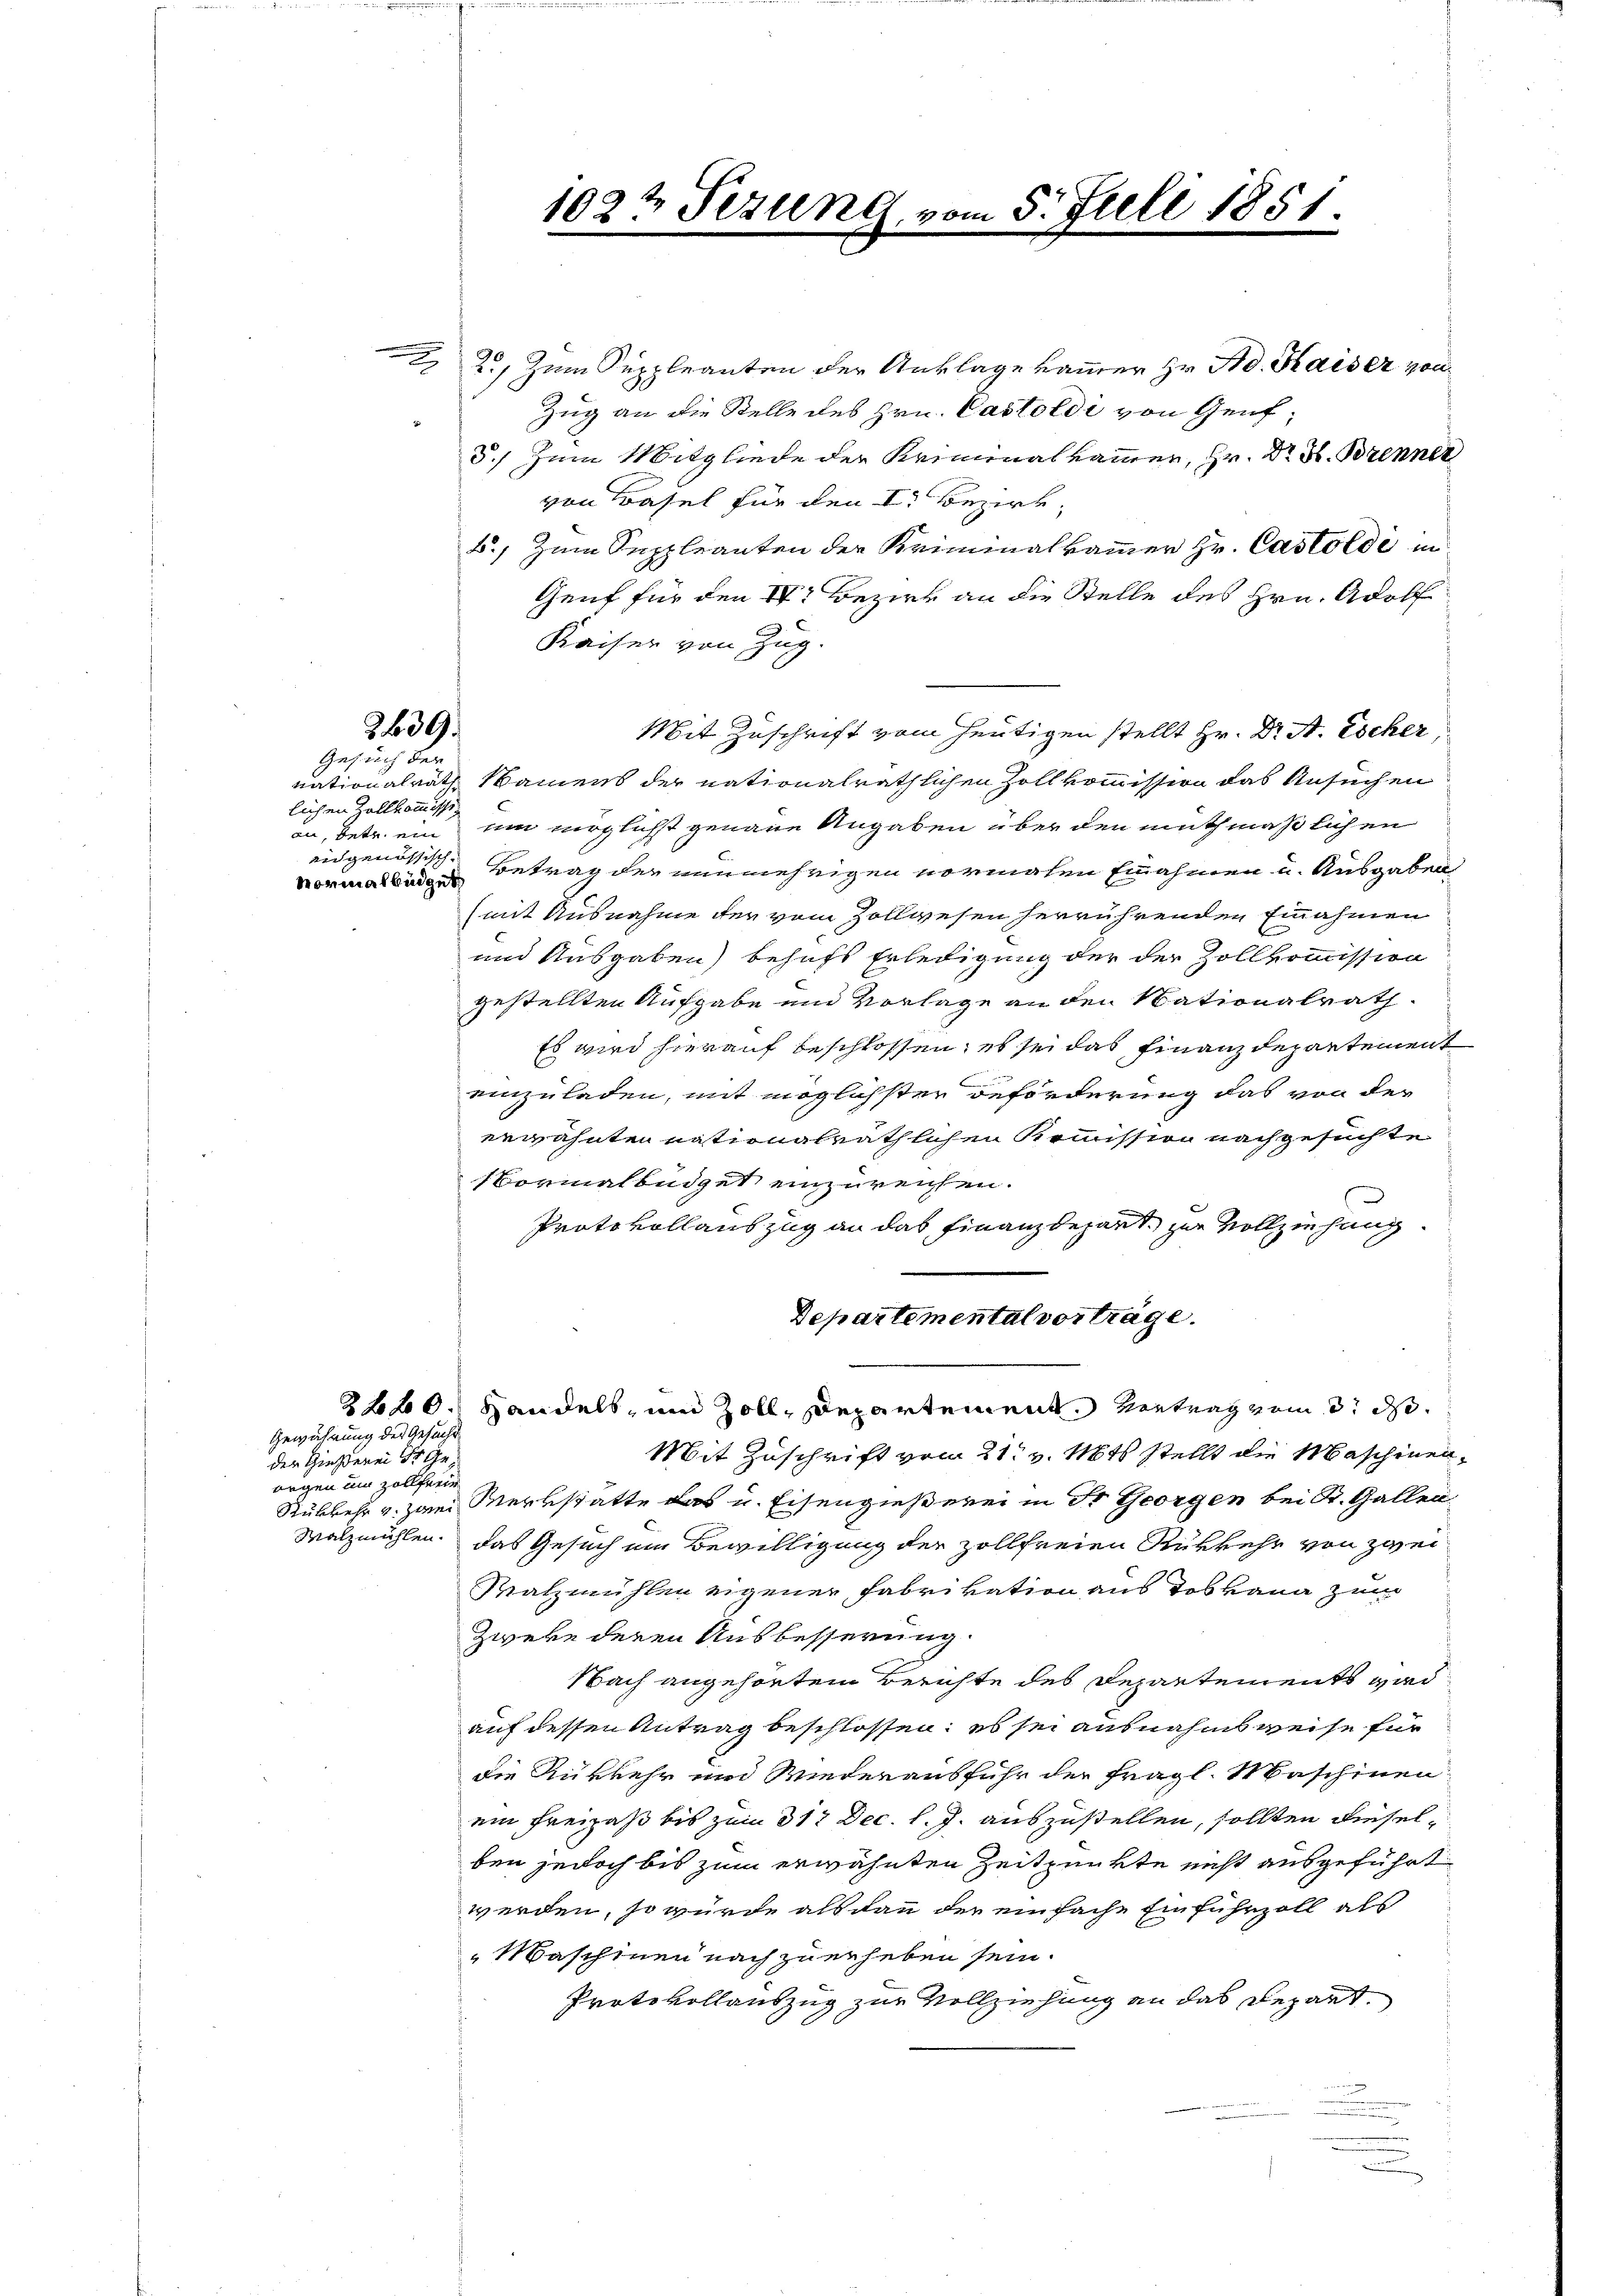
22, Zum Suppleanten der Anklage kammer Hr. Ad. Kaiser von
Zug an die Stelle des Hrn. Castoldi von Genf¬
5.) Zum Mitgliede der Kriminalkammen, Hr. Dr H. Brenner
von Basel für den I. Bezirk,
b., zum Suppleanten der Kriminalkammer Hr. Castoldi in
Genf für den 17t Bezier an die Stelle des Hrn. Adolf
Kaiser von Zug.
Mit Zuschrift vom heutigen stellt Hr. Dr A. Escher
nationalrath Namens der nationalräthlichen Zollkommission das Ansuchen
in Betr. um möglichst genaue Angaben über den muthmaßlichen
eidgenössische Betrag der nunmehrigen vormalen Einnahmen u. Ausgaben
(mit Ausnahme der vom Zollwesen herrührenden Einnahmen
und Ausgaben) behufs Erledigung der der Zollkommission
gestellten Aufgabe und Vorlage an den Nationalrath.
Es wird hierauf beschlossen; es sei das Finanzdepartement
einzuladen, mit möglichster Beförderung das von der
erwähnten nationalräthlichen Kommission nachgesuchte
Normalbüdget einzureichen.
Protokollauszug an das Finanzdepart zur Vollziehung
Departemental vorträge.
2f 60. Handels- und Zoll, Departement. Vertrag vom 3. d.
Mit Zuschrift vom 21t v. Mts. stellt die Maschinen¬
Rubkehr v. Hand Merkstätte das u. Eisengießerei in Fr. Georgen bei St. Gallen
Wolzmühlen. Das Gesuch um Bewilligung der zollfreien Rükkehr von zwei
Ratzmühlen eigener Fabrikation aus dos kann zum
Zweke deren Ausbesserung.
Nach angehörtem Berichte des Departements wird
auf dessen Antrag beschlossen; es sei ausnahmsweise für
die Rükkehr und Wiederausfuhr der fragl. Maschinen
ein Freizaß bis zum 317 Dec. l. J. auszustellen, sollten dieselben jedoch bis zum erwähnten Zeitpunkte nicht ausgeführt
werden, so würde als dann der einfache Einfuhrzoll als
Maschinen nach zu erheben sein.
Protokollauszug zur Vollziehung an das Repart

3659.
Gesuch der

lichen Zollkommissimorialbüdget

Gewährung der Gesucht
der Hinderei St. Ge
wegen am Zollferir

1022 Sizung, vom 5. Juli 1851.